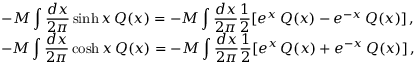
\begin{array} { c } { { \displaystyle - { \cal M } \displaystyle \int \displaystyle \frac { d x } { 2 \pi } \sinh x \, { \cal Q } ( x ) = - { \cal M } \displaystyle \int \displaystyle \frac { d x } { 2 \pi } \displaystyle \frac { 1 } { 2 } [ e ^ { x } \, { \cal Q } ( x ) - e ^ { - x } \, { \cal Q } ( x ) ] \, , } } \\ { { - { \cal M } \displaystyle \int \displaystyle \frac { d x } { 2 \pi } \cosh x \, { \cal Q } ( x ) = - { \cal M } \displaystyle \int \displaystyle \frac { d x } { 2 \pi } \displaystyle \frac { 1 } { 2 } [ e ^ { x } \, { \cal Q } ( x ) + e ^ { - x } \, { \cal Q } ( x ) ] \, , } } \end{array}